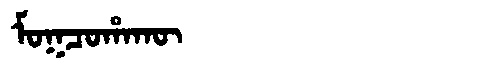
Manchu: ᠮᠣᡴᠴᠣᡥᠠᡴᡡ
Romanization: MOKCOHAKŪ